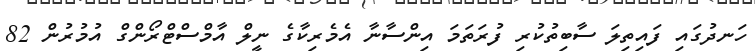
ހަނދުގައި ފައިތިލަ ސާބިތުކުރި ފުރަތަމަ އިންސާނާ އެމެރިކާގެ ނީލް އާމްސްޓްރޯންގް އުމުރުން 82